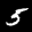
Label: 5